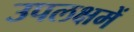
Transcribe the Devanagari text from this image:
उपलक्षमें